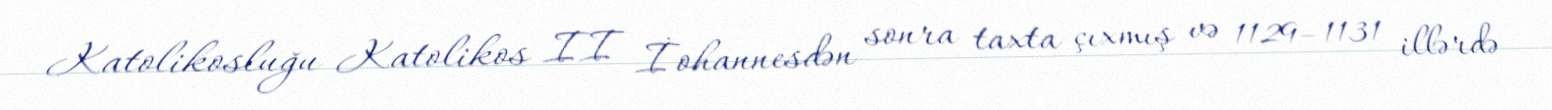
Katolikosluğu Katolikos II İohannesdən sonra taxta çıxmış və 1129–1131 illərdə